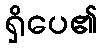
ရှိပေ၏